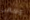
مسعى